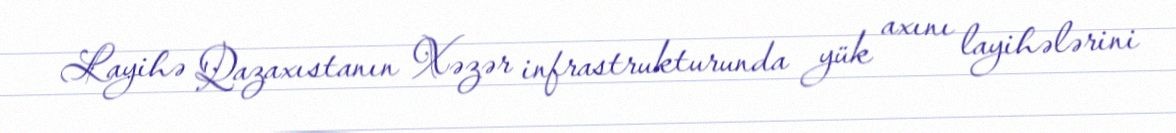
Layihə Qazaxıstanın Xəzər infrastrukturunda yük axını layihələrini